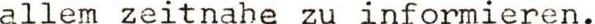
allem zeitnahe zu informieren.